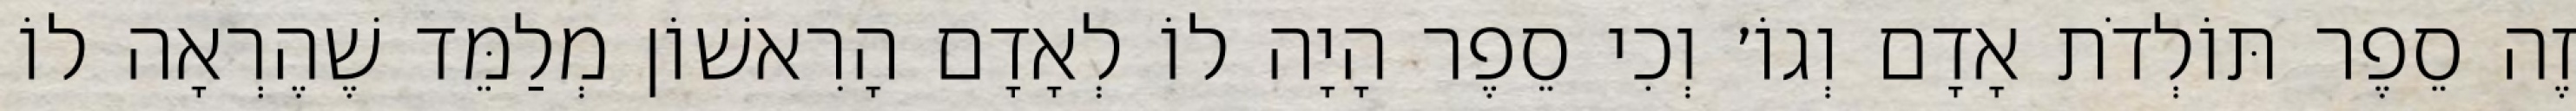
זֶה סֵפֶר תּוֹלְדֹת אָדָם וְגוֹ׳ וְכִי סֵפֶר הָיָה לוֹ לְאָדָם הָרִאשׁוֹן מְלַמֵּד שֶׁהֶרְאָה לוֹ